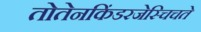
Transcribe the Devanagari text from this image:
तोतेनकिंडरजेस्चिचते